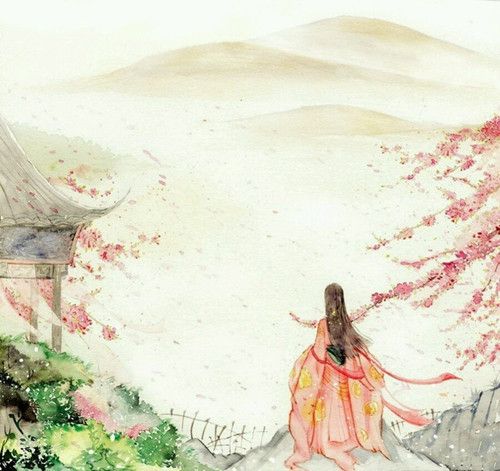
多情自古伤离别，更那堪冷落清秋节！